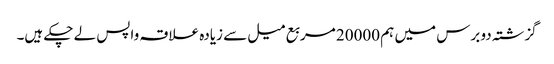
گزشتہ دو برس میں ہم 20000 مربع میل سے زیادہ علاقہ واپس لے چکے ہیں۔